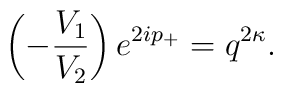
\left( -\frac{V_1}{V_2}\right) e^{2ip_+}=q^{2\kappa}.